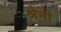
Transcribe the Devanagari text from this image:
श्रेनी